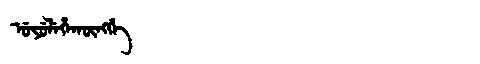
Manchu: ᡠᠶᡠᠯᡝᡥᠠᡴᡡᠩᡤᡝ
Romanization: UYULEHAKŪNGGE